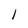
Character: l